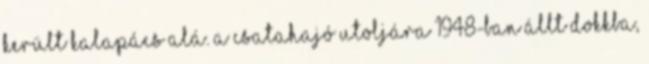
került kalapács alá. A csatahajó utoljára 1948-ban állt dokkba,